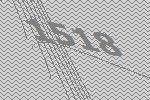
1518